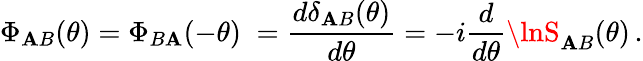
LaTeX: \Phi_{\mathbf{A}B}(\theta)=\Phi_{B\mathbf{A}}(-\theta)\; =\frac{{d\delta_{\mathbf{A}B}(\theta)}}{{d\theta}}=-i\frac{{d}}{{d\theta}}\lnS_{\mathbf{A}B}(\theta)\, .